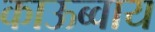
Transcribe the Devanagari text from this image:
काऊब्वाय